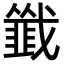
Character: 韱